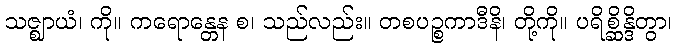
သဇ္ဈာယံ၊ ကို။ ကရောန္တေန စ၊ သည်လည်း။ တစပဉ္စကာဒီနိ၊ တို့ကို။ ပရိစ္ဆိန္ဒိတွာ၊